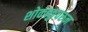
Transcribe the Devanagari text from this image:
शोकाकुवरुन